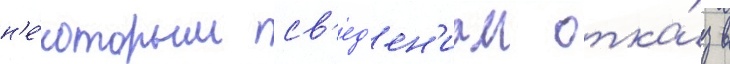
н'е́которым св'ед'ен'иам отка́з в